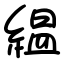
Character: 緼